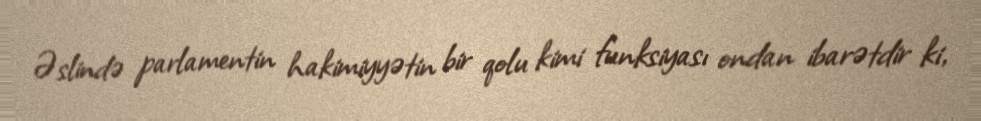
Əslində parlamentin hakimiyyətin bir qolu kimi funksiyası ondan ibarətdir ki,